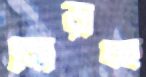
মোড়াচ্ছ